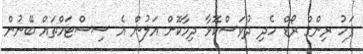
ފަހު ރިންގް ރޯޑް ހެދި ދުވަސްކޮޅާ ދިމާކޮށް އަލުން އެ ސިސްޓަމްތައް ބޭނުން